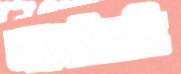
নাচাইয়াছি